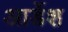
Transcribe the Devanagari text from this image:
आर्डेश